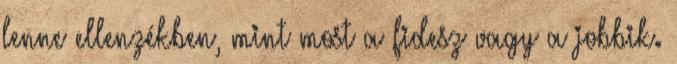
lenne ellenzékben, mint most a fidesz vagy a jobbik.